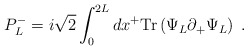
\begin{align*}P^-_L = {i \sqrt{2}}\int _0 ^{2L} dx^+ {\rm Tr} \left( \Psi_L\partial_+ \Psi_L \right)\; .\end{align*}